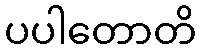
ပပါတောတိ